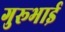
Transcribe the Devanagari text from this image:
गुरूभाई